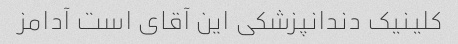
کلینیک دندانپزشکی این آقای است آدامز